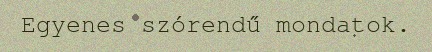
Egyenes szórendű mondatok.